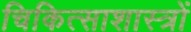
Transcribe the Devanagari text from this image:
चिकित्साशास्त्रों